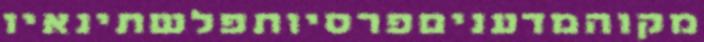
מקוהמדעניםפרסיותפלשתינאיו